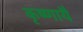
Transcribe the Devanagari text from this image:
कृष्णायै